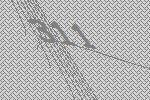
311